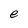
Character: e